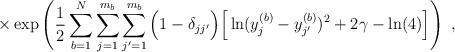
LaTeX: \begin{align*}\times \exp \left( \frac{1}{2} \sum_{b=1}^N \sum_{j=1}^{m_b}\sum_{j^\prime=1}^{m_{b}}\Big(1- \delta_{j j^\prime} \Big)\Big[ \ln(y^{(b)}_j - y^{(b)}_{j^\prime})^2 + 2\gamma - \ln(4)\Big] \right) \; ,\end{align*}